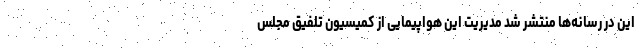
این در رسانه‌ها منتشر شد مدیریت این هواپیمایی از کمیسیون تلفیق مجلس